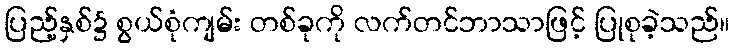
ပြည့်နှစ်၌ စွယ်စုံကျမ်း တစ်ခုကို လက်တင်ဘာသာဖြင့် ပြုစုခဲ့သည်။